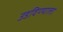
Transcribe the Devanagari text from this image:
उडविण्याला